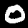
Label: 0